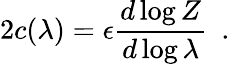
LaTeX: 2c(\lambda)=\epsilon{\frac{d\log Z}{d\log\lambda}}~~.